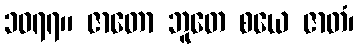
၁၀၇၇။ ဇာတော ဘူတေ စယေ ဇာတံ၊